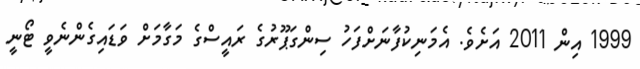
1999 އިން 2011 އަށެވެ. އެމަނިކުފާނަށްފަހު ސިންގަޕޫރުގެ ރައީސްގެ މަގާމަށް ވަޑައިގެންނެވީ ޓޯނީ